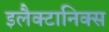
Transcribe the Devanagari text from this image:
इलैक्टानिक्स